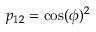
p _ { 1 2 } = \cos ( \phi ) ^ { 2 }